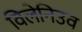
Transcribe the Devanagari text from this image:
विलेनिउव